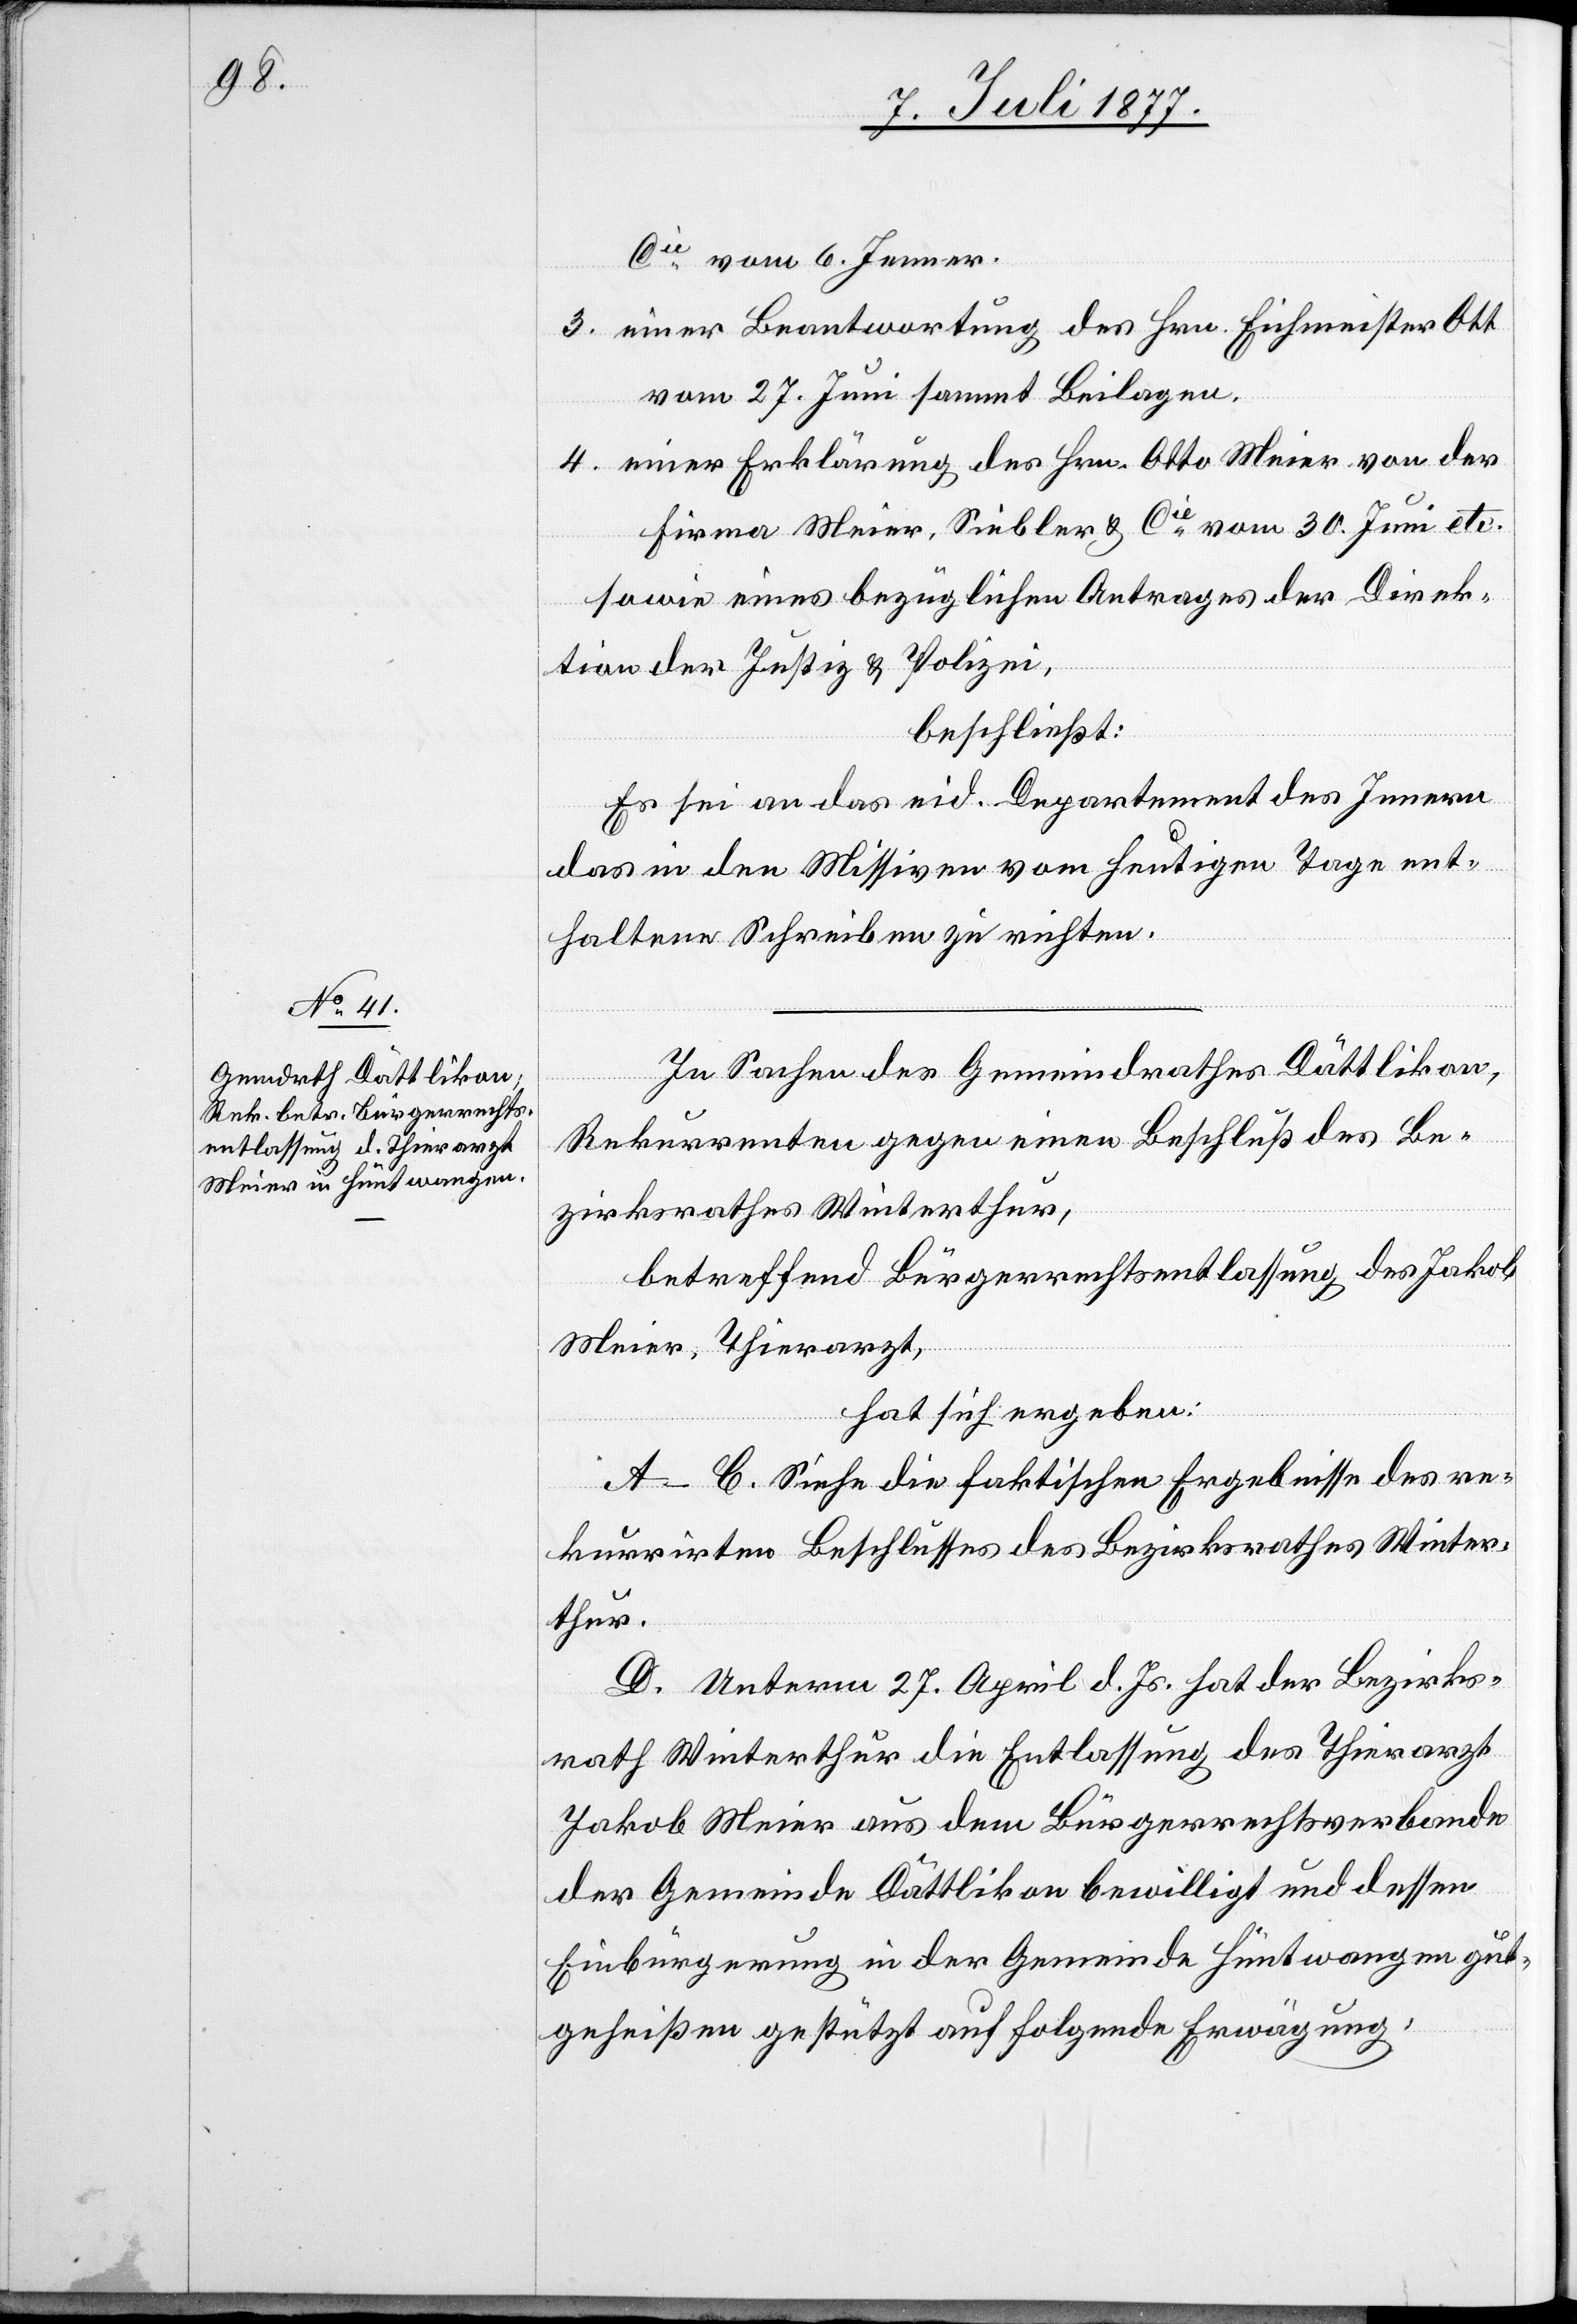
Cie vom 6. Jenner.
3. einer Beantwortung des Hrn. Eichmeister Ott
vom 27. Juni sammt Beilagen,
4. einer Erklärung des Hrn. Otto Meier von der
Firma Meier, Siebler & Cie vom 30. Juni etc.
sowie eines bezüglichen Antrages der Direk¬
tion der Justiz & Polizei,
beschließt:
Es sei an das eid. Departement des Innern
das in den Missiven vom heutigen Tage ent¬
haltene Schreiben zu richten.
In Sachen des Gemeindrathes Dättlikon,
Rekurrenten gegen einen Beschluß des Be¬
zirksrathes Winterthur,
betreffend Bürgerrechtsentlassung des Jakob
Meier, Thierarzt,
hat sich ergeben:
A–C. Siehe die faktischen Ergebnisse des re¬
kurrirten Beschlusses des Bezirksrathes Winter¬
thur.
D. Unterm 27. April d. Js. hat der Bezirks¬
rath Winterthur die Entlassung des Thierarzt
Jakob Meier aus dem Bürgerrechtsverbande
der Gemeinde Dättlikon bewilligt und dessen
Einbürgerung in der Gemeinde Hüntwangen gut¬
geheißen gestützt auf folgende Erwägung: